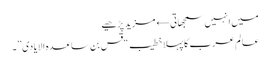
میں انہیں سمجھاتی← مزید پڑھیے
عالم عرب کا پہلا خطیب “قس بن ساعدہ الایادی”۔